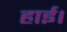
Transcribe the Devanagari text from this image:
हाई।